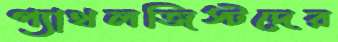
প্যাথলজিস্টদের